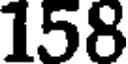
158